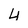
Character: 4